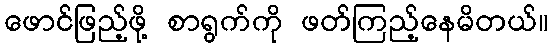
ဖောင်ဖြည့်ဖို့ စာရွက်ကို ဖတ်ကြည့်နေမိတယ်။